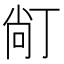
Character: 𱍙